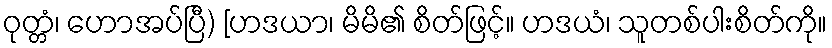
ဝုတ္တံ၊ ဟောအပ်ပြီ) [ဟဒယာ၊ မိမိ၏ စိတ်ဖြင့်။ ဟဒယံ၊ သူတစ်ပါးစိတ်ကို။